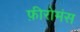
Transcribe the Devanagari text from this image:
फ़ीरोमंस